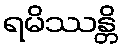
ရမိဿန္တိ